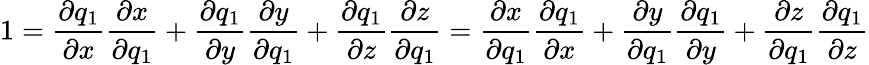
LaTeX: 1={\frac{\partial q_{1}}{\partial x}}{\frac{\partial x}{\partial q_{1}}}+{\frac{\partial q_{1}}{\partial y}}{\frac{\partial y}{\partial q_{1}}}+{\frac{\partial q_{1}}{\partial z}}{\frac{\partial z}{\partial q_{1}}}={\frac{\partial x}{\partial q_{1}}}{\frac{\partial q_{1}}{\partial x}}+{\frac{\partial y}{\partial q_{1}}}{\frac{\partial q_{1}}{\partial y}}+{\frac{\partial z}{\partial q_{1}}}{\frac{\partial q_{1}}{\partial z}}